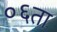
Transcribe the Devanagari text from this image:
०६ता